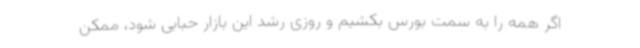
اگر همه را به سمت بورس بکشیم و روزی رشد این بازار حبابی شود، ممکن